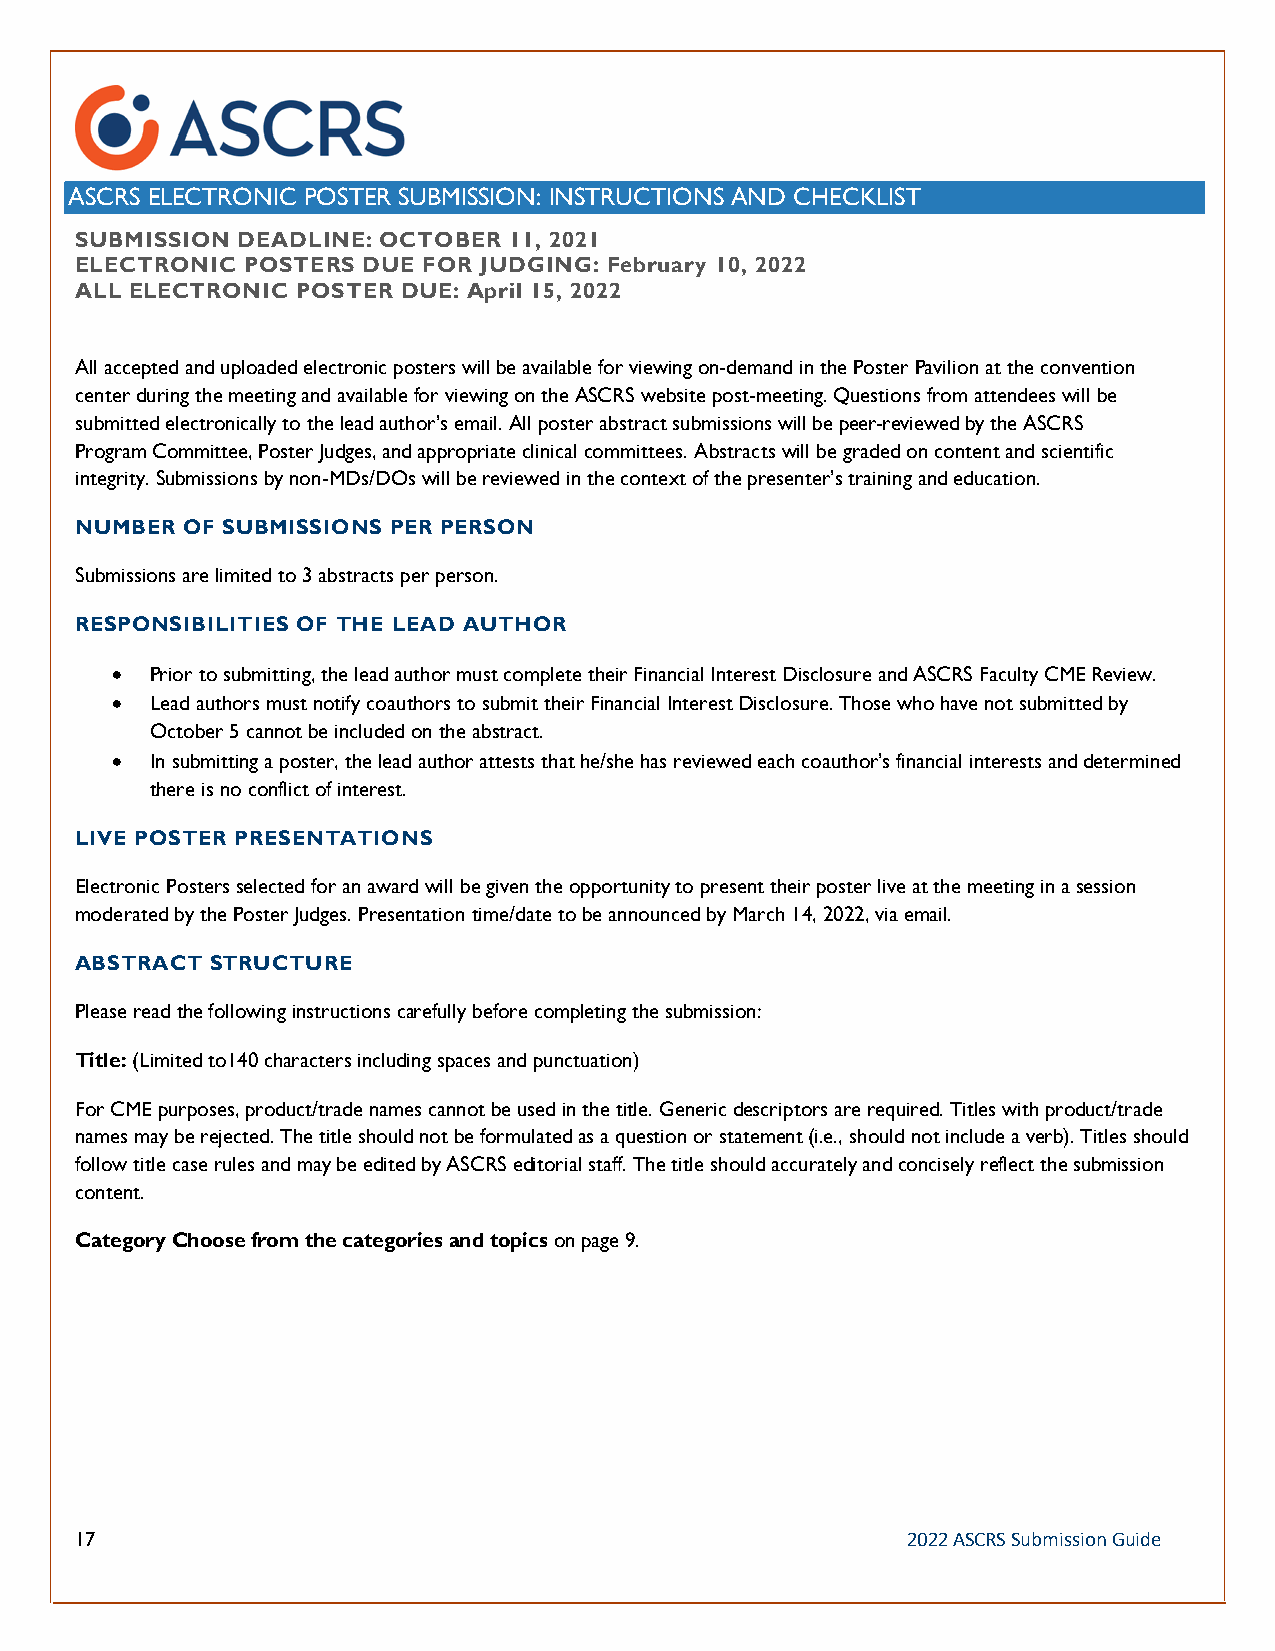
SUBMISSION DEADLINE: OCTOBER 11, 2021
 ELECTRONIC POSTERS DUE FOR JUDGING: February 10, 2022
 ALL ELECTRONIC POSTER DUE: April 15, 2022
 All accepted and uploaded electronic posters will be available for viewing on-demand in the Poster Pavilion at the convention
 center during the meeting and available for viewing on the ASCRS website post-meeting. Questions from attendees will be
 submitted electronically to the lead author’s email. All poster abstract submissions will be peer-reviewed by the ASCRS
 Program Committee, Poster Judges, and appropriate clinical committees. Abstracts will be graded on content and scientific
 integrity. Submissions by non-MDs/DOs will be reviewed in the context of the presenter’s training and education.
 NUMBER OF SUBMISSIONS PER PERSON
 Submissions are limited to 3 abstracts per person.
 RESPONSIBILITIES OF THE LEAD AUTHOR
 •  Prior to submitting, the lead author must complete their Financial Interest Disclosure and ASCRS Faculty CME Review.
 •  Lead authors must notify coauthors to submit their Financial Interest Disclosure. Those who have not submitted by
 October 5 cannot be included on the abstract.
 •  In submitting a poster, the lead author attests that he/she has reviewed each coauthor’s financial interests and determined
 there is no conflict of interest.
 LIVE POSTER PRESENTATIONS
 Electronic Posters selected for an award will be given the opportunity to present their poster live at the meeting in a session
 moderated by the Poster Judges. Presentation time/date to be announced by March 14, 2022, via email.
 ABSTRACT STRUCTURE
 Please read the following instructions carefully before completing the submission:
 Title: (Limited to140 characters including spaces and punctuation)
 For CME purposes, product/trade names cannot be used in the title. Generic descriptors are required. Titles with product/trade
 names may be rejected. The title should not be formulated as a question or statement (i.e., should not include a verb). Titles should
 follow title case rules and may be edited by ASCRS editorial staff. The title should accurately and concisely reflect the submission
 content.
 Category Choose from the categories and topics on page 9.
 17                                                     2022 ASCRS Submission Guide